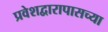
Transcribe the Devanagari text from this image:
प्रवेशद्वारापासच्या